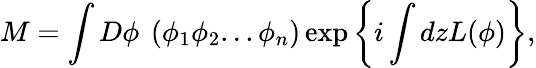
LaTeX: M=\int D\phi\ \left(\phi_{1}\phi_{2}...\phi_{n}\right)\exp\left\{ i\int dzL(\phi)\right\} ,